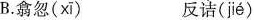
B.翕忽( xī ) 反诘( jié )